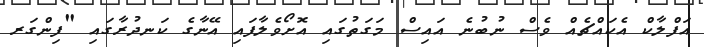
އަފްލާކް އެކައްޗެއް ވެސް ނުބުނެ އައިސް މަގަތުގައި އޮށޯވެލާފައި އޭނާގެ ކަނދުރާގައި "ފިންގަރ